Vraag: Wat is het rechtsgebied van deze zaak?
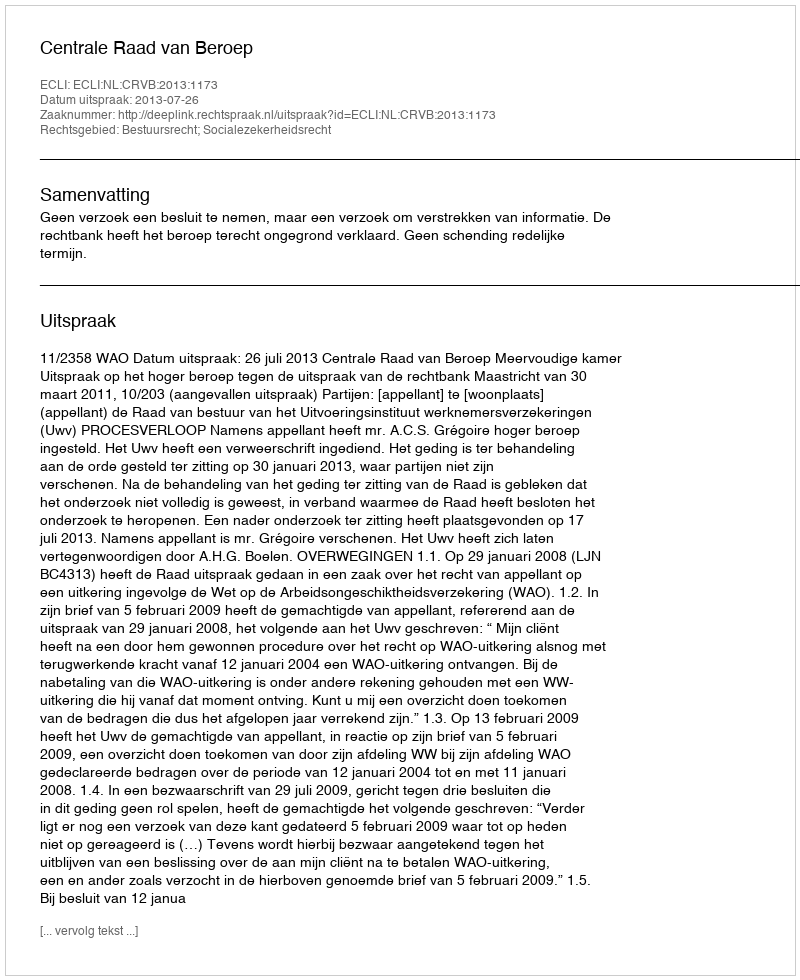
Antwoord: Bestuursrecht; Socialezekerheidsrecht